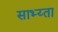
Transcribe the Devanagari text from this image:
साभ्य्ता